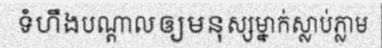
ទំហឹងបណ្តាលឲ្យមនុស្សម្នាក់ស្លាប់ភ្លាម